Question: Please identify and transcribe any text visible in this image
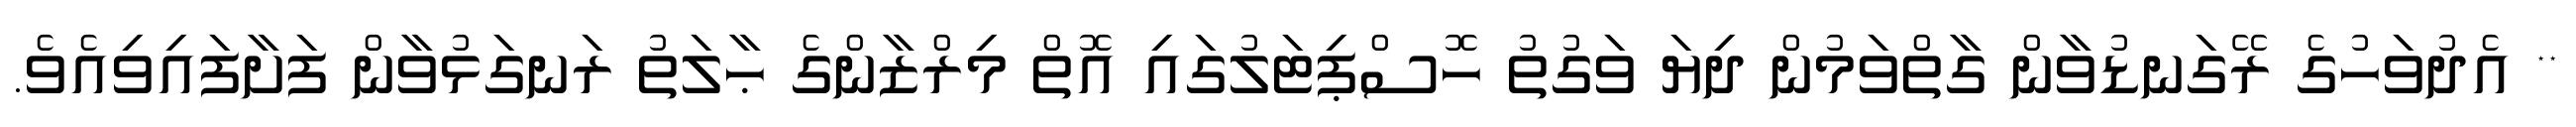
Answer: ** އެދުވަހުގެ ރޭގަނޑުވާން ގާތްވަމުން ދިޔަ ވަގުތު ހޮސްޕިޓަލުގައި އޮތް މިރްޒާންގެ ޙާލަތު ރަނގަޅުވާން ފަށާފައިވިއެވެ.